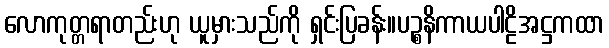
လောကုတ္တရာတည်းဟု ယူမှားသည်ကို ရှင်းပြခန်း။ပဉ္စနိကာယပါဠိအဋ္ဌကထာ